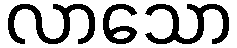
လာသော